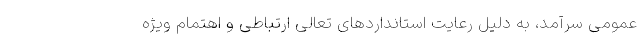
عمومی سرآمد، به دلیل رعایت استانداردهای تعالی ارتباطی و اهتمام ویژه